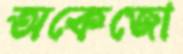
অকেজো